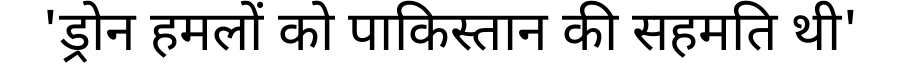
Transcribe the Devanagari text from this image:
'ड्रोन हमलों को पाकिस्तान की सहमति थी'